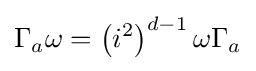
\Gamma _{a}\omega =\left(i^{2}\right)^{d-1}\omega \Gamma _{a}